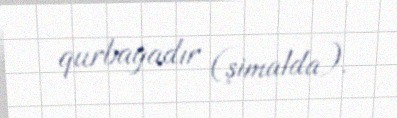
qurbağadır (şimalda).